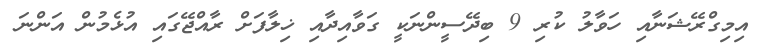
އިމިގްރޭޝަނާއި ހަވާލު ކުރި 9 ބިދޭސީންނަކީ ގަވާއިދާއި ޚިލާފަށް ރާއްޖޭގައި އުޅެމުން އަންނަ